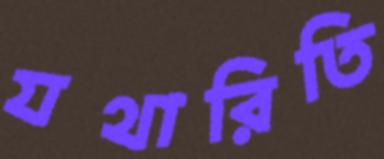
যথারিতি